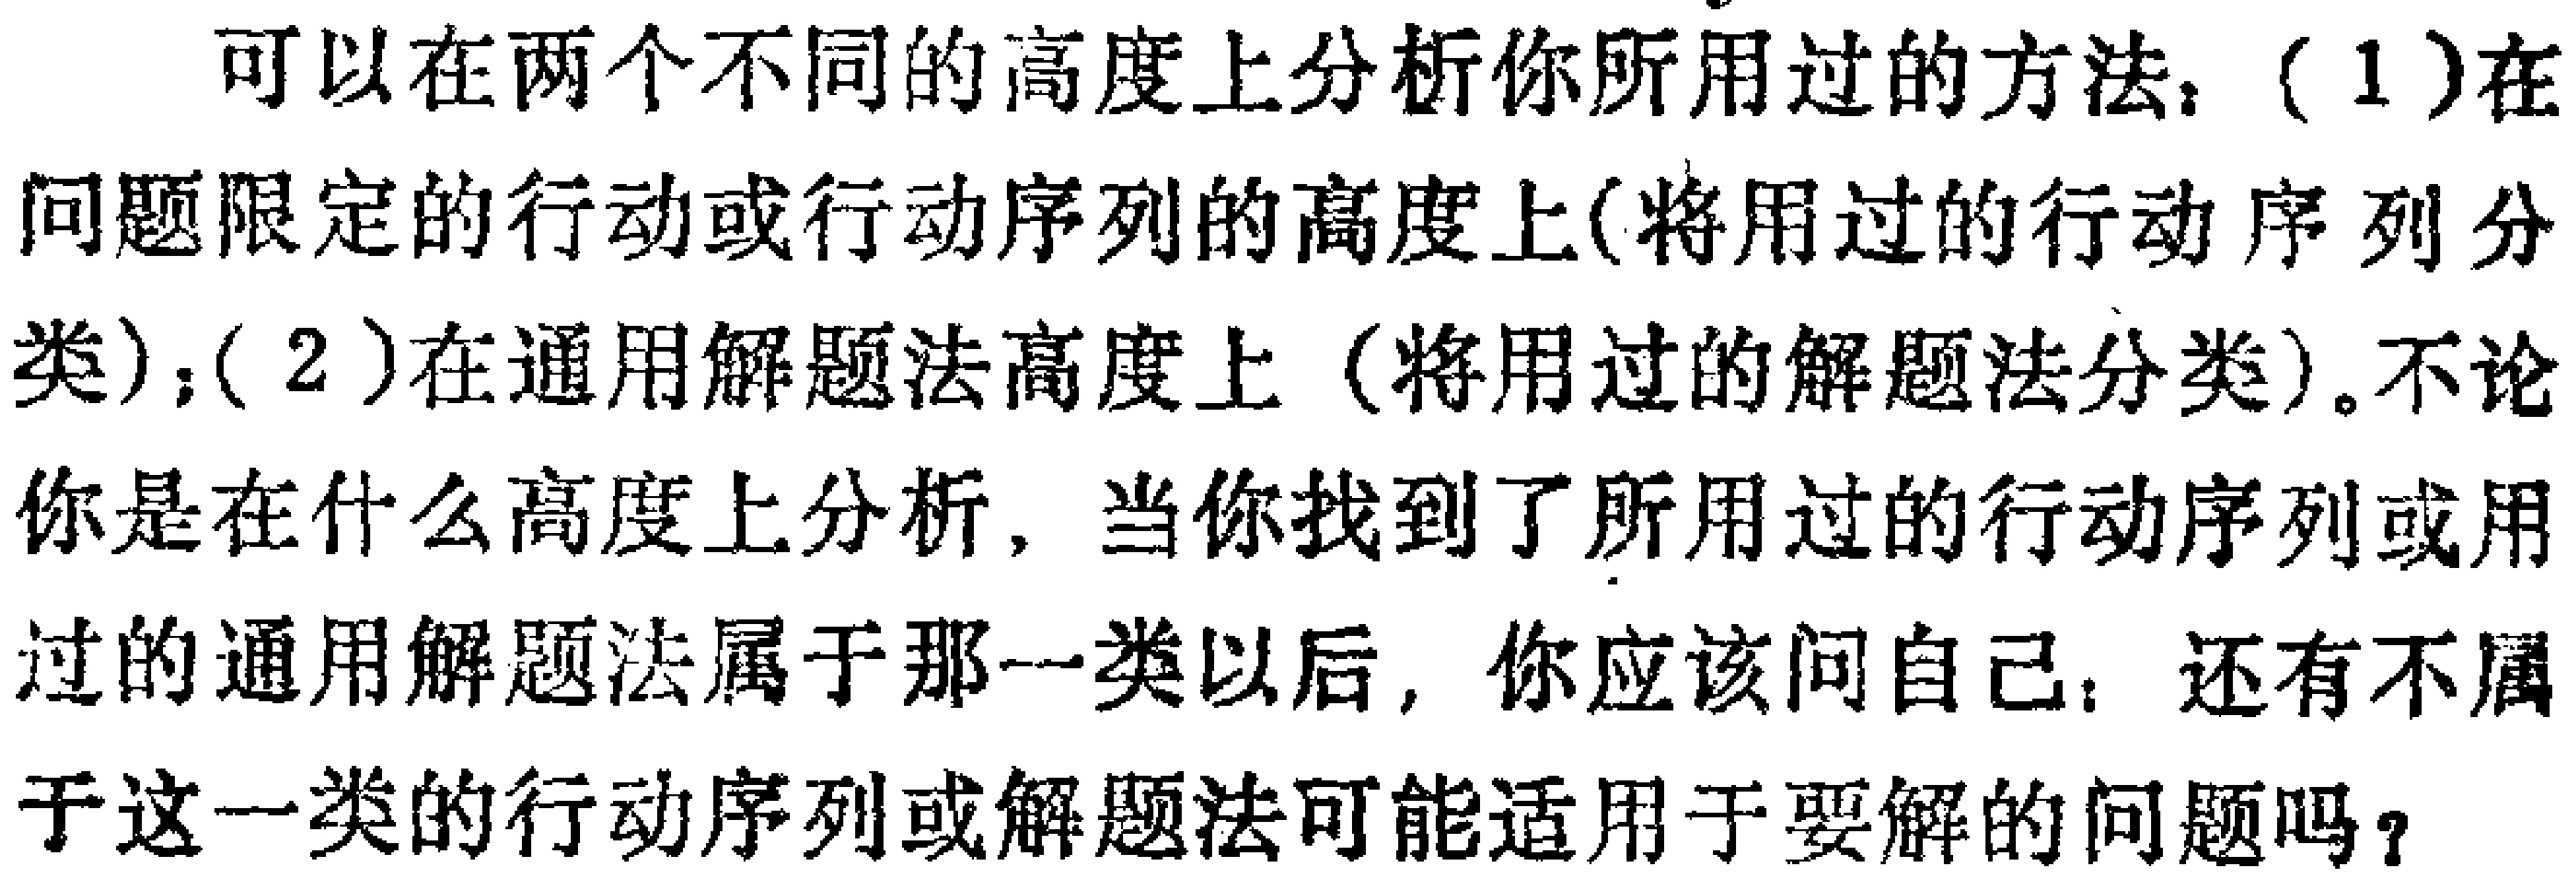
可以在两个不同的高度上分析你所用过的方法：（1）在问题限定的行动或行动序列的高度上(将用过的行动序列分类)；（2）在通用解题法高度上（将用过的解题法分类）。不论你是在什么高度上分析，当你找到了所用过的行动序列或用过的通用解题法属于那一类以后，你应该问自己：还有不属于这一类的行动序列或解题法可能适用于要解的问题吗？